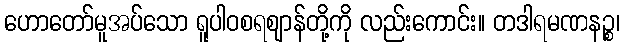
ဟောတော်မူအပ်သော ရူပါဝစရဈာန်တို့ကို လည်းကောင်း။ တဒါရမဏနဉ္စ၊